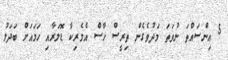
5 އިންސައްތަ ނުވަތަ މަދުވެގެން ތިރީސް ހާސް އެމެރިކާ ޑޮލަރާއި ހަމައަށް ބަދަލު